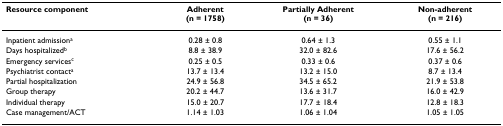
| Resource component | Adherent(n = 1758) | Partially Adherent(n = 36) | Non-adherent(n = 216) |
 | --- | --- | --- | --- |
 | Inpatient admissiona | 0.28 ± 0.8 | 0.64 ± 1.3 | 0.55 ± 1.1 |
 | Days hospitalizedb | 8.8 ± 38.9 | 32.0 ± 82.6 | 17.6 ± 56.2 |
 | Emergency servicesc | 0.25 ± 0.5 | 0.33 ± 0.6 | 0.37 ± 0.6 |
 | Psychiatrist contacta | 13.7 ± 13.4 | 13.2 ± 15.0 | 8.7 ± 13.4 |
 | Partial hospitalization | 24.9 ± 56.8 | 34.5 ± 65.2 | 21.9 ± 53.8 |
 | Group therapy | 20.2 ± 44.7 | 13.6 ± 31.7 | 16.0 ± 42.9 |
 | Individual therapy | 15.0 ± 20.7 | 17.7 ± 18.4 | 12.8 ± 18.3 |
 | Case management/ACT | 1.14 ± 1.03 | 1.06 ± 1.04 | 1.05 ± 1.05 |